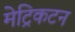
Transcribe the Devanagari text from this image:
मेट्रिकटन